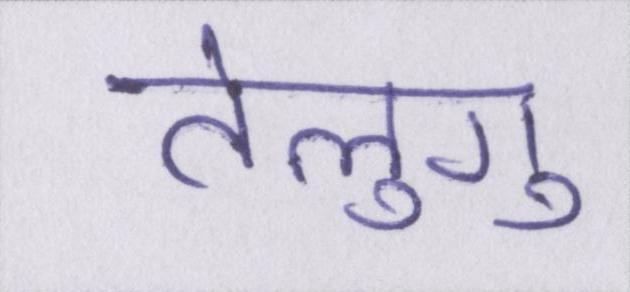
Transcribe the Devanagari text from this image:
तेलुगू